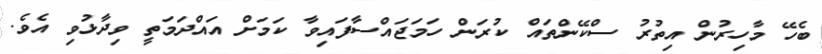
ބެހޭ މާހިރުން އިތުރު ސްކޭންތައް ކުރަން ހަމަޖައްސާފައިވާ ކަމަށް އައްދަމަތީ ވިދާޅުވި އެވެ.